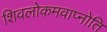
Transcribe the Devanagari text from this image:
शिवलोकमवाप्नोति